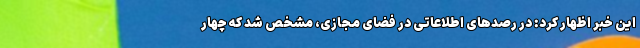
این خبر اظهار کرد: در رصدهای اطلاعاتی در فضای مجازی، مشخص شد که چهار